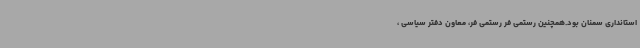
استانداری سمنان بود.همچنین رستمی فر رستمی فر، معاون دفتر سیاسی ،